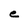
Character: e